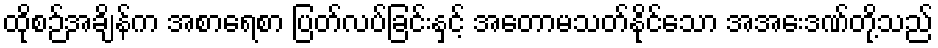
ထိုစဉ်အချိန်က အစာရေစာ ပြတ်လပ်ခြင်းနှင့် အတောမသတ်နိုင်သော အအေးဒဏ်တို့သည်